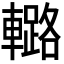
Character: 𨎲